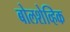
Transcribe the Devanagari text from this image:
बोलशेव्हिक